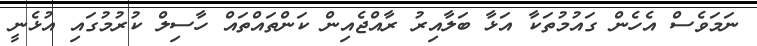
ނަމަވެސް އެހެން ގައުމުތަކާ އަޅާ ބަލާއިރު ރާއްޖެއިން ކަންތައްތައް ހާސިލް ކުރުމުގައި އުޅެނީ